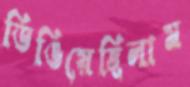
ডিঙিয়েছিলাম